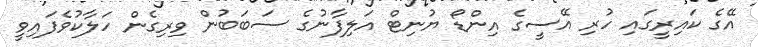
އޭގެ ކައިރީގައި ހުރި އޭސީގެ އިންޑޯ ޔުނިޓް އަލިފާނުގެ ސަބަބުން ވިރިގެން ހަލާކުވެފައިވީ